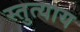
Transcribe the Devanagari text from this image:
स्तुत्याय